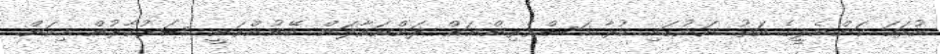
އުރަހަ ކަންނެލީގެ އަތު ނަނުގައި ކުރާ މަސްވެރިންނަށް ދަންނަވާލަން ބޭނުންވަނީ ސަރުކާރުން މިކަން